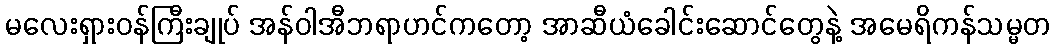
မလေးရှားဝန်ကြီးချုပ် အန်ဝါအီဘရာဟင်ကတော့ အာဆီယံခေါင်းဆောင်တွေနဲ့ အမေရိကန်သမ္မတ